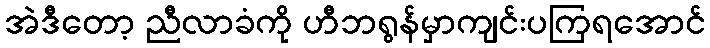
အဲဒီတော့ ညီလာခံကို ဟီဘရွန်မှာကျင်းပကြရအောင်